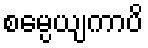
စမ္ပေယျကာပိ